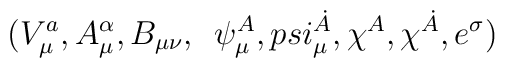
(V^{a}_{\mu}, A^{\alpha}_{\mu}, B_{\mu\nu},\,\ \psi^{A}_{\mu},\,\\psi^{\dot{A}}_{\mu}, \chi^{A}, \chi^{\dot{A}}, e^{\sigma})